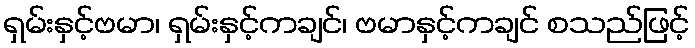
ရှမ်းနှင့်ဗမာ၊ ရှမ်းနှင့်ကချင်၊ ဗမာနှင့်ကချင် စသည်ဖြင့်